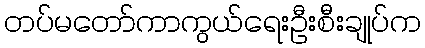
တပ်မတော်ကာကွယ်ရေးဦးစီးချုပ်က